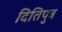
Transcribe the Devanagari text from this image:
दितिपुत्र